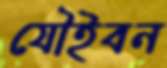
যৌইবন